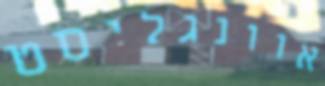
אוונגליסט